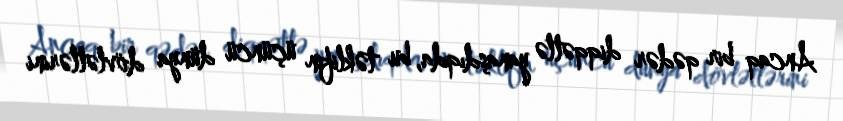
Ancaq bir qədər diqqətlə yanaşdıqda, bu təklifin üçüncü dünya dövlətlərini